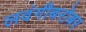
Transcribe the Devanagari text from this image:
लवंगीबरोबर